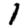
Digit: 1